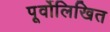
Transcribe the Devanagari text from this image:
पूर्वोलिखित